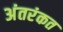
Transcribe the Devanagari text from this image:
अंतरंकत